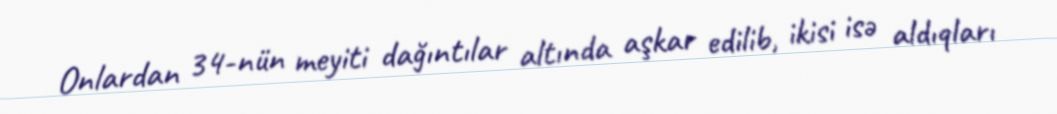
Onlardan 34-nün meyiti dağıntılar altında aşkar edilib, ikisi isə aldıqları